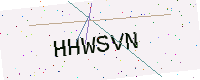
Text: HHWSVN